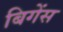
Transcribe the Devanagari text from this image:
बिगेंस